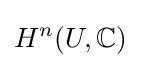
H^{n}(U,\mathbb {C} )